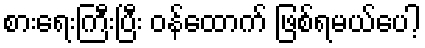
စားရေးကြီးပြီး ဝန်ထောက် ဖြစ်ရမယ်ပေါ့